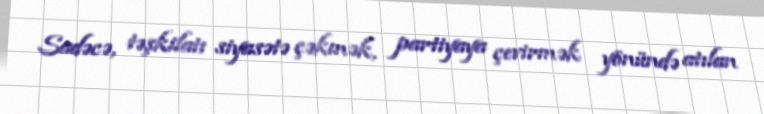
Sadəcə, təşkilatı siyasətə çəkmək, partiyaya çevirmək yönündə atılan